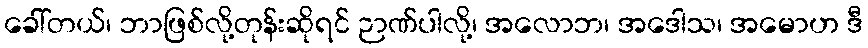
ခေါ်တယ်၊ ဘာဖြစ်လို့တုန်းဆိုရင် ဉာဏ်ပါလို့၊ အလောဘ၊ အဒေါသ၊ အမောဟ ဒီ